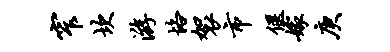
窄坎游恪袈市偃嫁庚